Indian journal of veterinary science and animal husbandry - Volumes 26-27, 1956-1957
Year: 1956
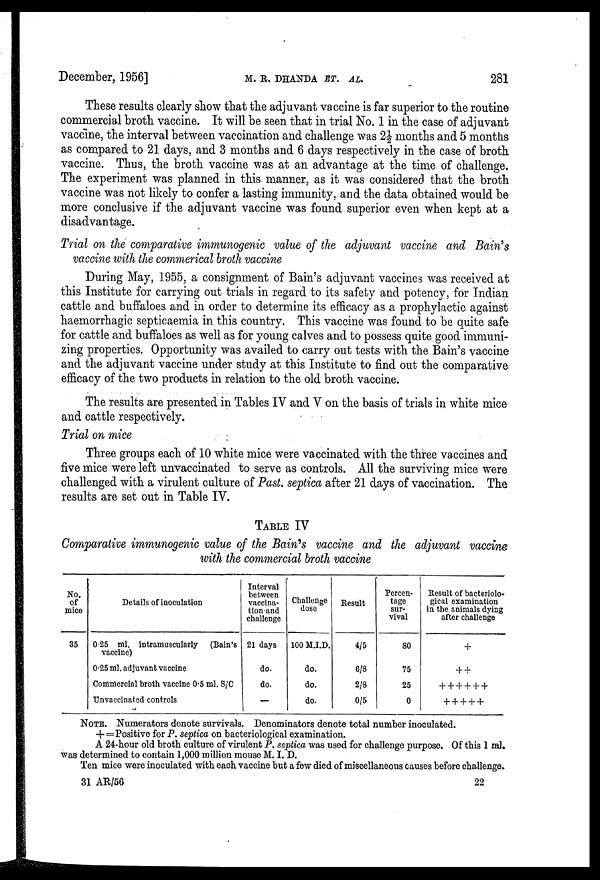
December, 1956]
M. R.
DHANDA
ET.
AL..
281
These results clearly show that the adjuvant vaccine is far superior to the routine
commercial broth vaccine. It will be seen that in trial No. 1 in the case of adjuvant
vaccine, the interval between vaccination and challenge was 2½ months and 5 months
as compared to 21 days, and 3 months and 6 days respectively in the case of broth
vaccine. Thus, the broth vaccine was at an advantage at the time of challenge.
The experiment was planned in this manner, as it was considered that the broth
vaccine was not likely to confer a lasting immunity, and the data obtained would be
more conclusive if the adjuvant vaccine was found superior even when kept at a
disadvantage.
Trial on the comparative immunogenic value of the adjuvant vaccine and Bain's
vaccine with the commerical broth vaccine
During May, 1955, a consignment of Bain's adjuvant vaccines was received at
this Institute for carrying out trials in regard to its safety and potency, for Indian
cattle and buffaloes and in order to determine its efficacy as a prophylactic against
haemorrhagic septicaemia in this country. This vaccine was found to be quite safe
for cattle and buffaloes as well as for young calves and to possess quite good immuni-
zing properties. Opportunity was availed to carry out tests with the Bain's vaccine
and the adjuvant vaccine under study at this Institute to find out the comparative
efficacy of the two products in relation to the old broth vaccine.
The results are presented in Tables IV and V on the basis of trials in white mice
and cattle respectively.
Trial on mice
Three groups each of 10 white mice were vaccinated with the three vaccines and
five mice were left unvaccinated to serve as controls. All the surviving mice were
challenged with a virulent culture of Past. septica after 21 days of vaccination. The
results are set out in Table IV.
TABLE IV
Comparative immunogenic value of the Bain's vaccine and the adjuvant vaccine
with the commercial broth vaccine
No.
of
mice
35
Details of inoculation
0.25 ml. intramuscularly
(Bain's
vaccine)
0.25 ml. adjuvant vaccine
Commercial broth vaccine 0.5 ml. S/C
Unvaccinated controls
Interval
between
vaccina-
tion and
challenge
21 days
do.
do.
-
Challenge
dose
100 M.I.D.
do.
do.
do.
Result
4/5
6/8
2/8
0/5
Percen-
tage
sur-
vival
80
75
25
0
Result of bacteriolo-
gical examination
in the animals dying
after challenge
+
++
++++++
+++++
NOTE. Numerators denote survivals. Denominators denote total number inoculated.
+ = Positive for P. septica on bacteriological examination.
A 24-hour old broth culture of virulent P. septica was used for challenge purpose. Of this 1 ml.
was determined to contain 1,000 million mouse M. I. D.
Ten mice were inoculated with each vaccine but a few died of miscellaneous causes before challenge.
31 AR/56
22